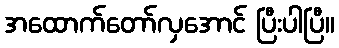
အထောက်တော်လှအောင် ပြီးပါပြီ။